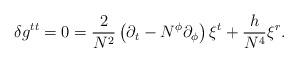
LaTeX: \begin{align*}\delta g^{tt} = 0= {2\over N^2}\left( \partial_t - N^\phi\partial_\phi\right)\xi^t+ {h\over N^4}\xi^r .\end{align*}